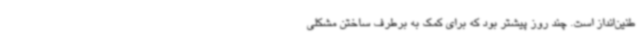
طنین‌انداز است. چند روز پیشتر بود که برای کمک به برطرف ساختن مشکلی